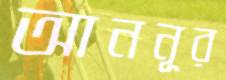
আননূর